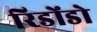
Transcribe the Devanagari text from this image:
रिडोंडो